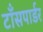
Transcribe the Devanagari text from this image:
टाँसपार्डर